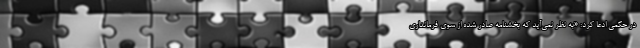
در حکمی ادعا کرد: «به نظر نمی‌آید که بخشنامه صادر شده از سوی فرمانداری